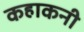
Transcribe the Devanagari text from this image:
कहाकनी